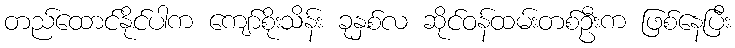
တည်ထောင်နိုင်ပါက ကျော်စိုးသိန်း ခုနှစ်လ ဆိုင်ဝန်ထမ်းတစ်ဦးက ဖြစ်နေပြီး